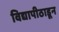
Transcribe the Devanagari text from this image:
विद्यापीठाडून